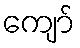
ကျော်